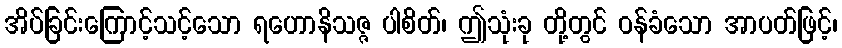
အိပ်ခြင်းကြောင့်သင့်သော ရဟောနိသဇ္ဇ ပါစိတ်၊ ဤသုံးခု တို့တွင် ဝန်ခံသော အာပတ်ဖြင့်၊